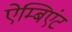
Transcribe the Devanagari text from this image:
ऐम्बिएंट